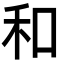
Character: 和